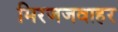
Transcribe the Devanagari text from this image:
मिरजजवाहर